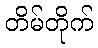
တိမ်တိုက်